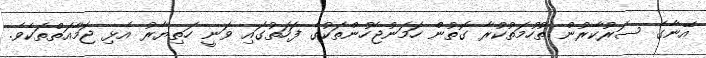
އޭނާގެ ސަރުކާރުން ތުހުމަތުކުރާ ގޮތުން ހަމަނުޖެހުންތަކުގެ ފަހަތުގައި ވަނީ ހަތިޔާރު އެޅި ޖަމާއަތްތަކެވެ.